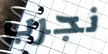
نجرب